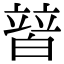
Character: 𤾕